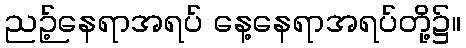
ညဉ့်နေရာအရပ် နေ့နေရာအရပ်တို့၌။